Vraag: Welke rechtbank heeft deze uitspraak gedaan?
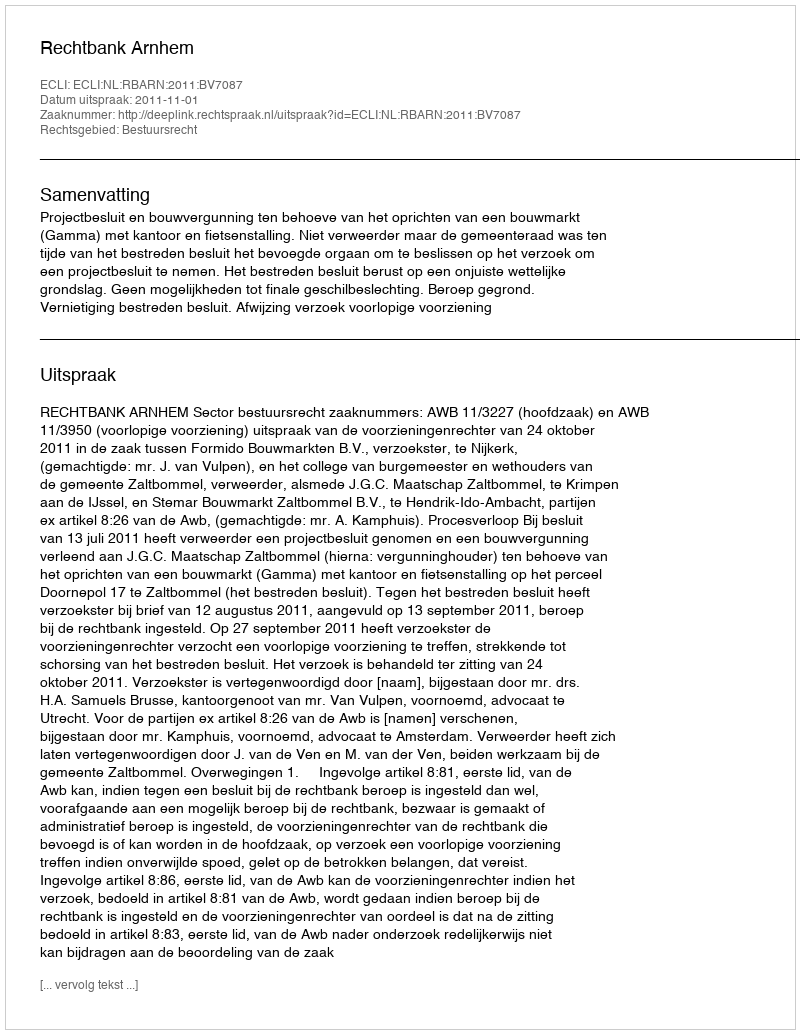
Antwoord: Rechtbank Arnhem